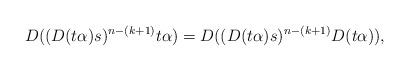
LaTeX: \begin{align*}D((D(t\alpha)s)^{n-(k+1)}t\alpha)=D((D(t\alpha)s)^{n-(k+1)}D(t\alpha)),\end{align*}